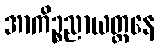
အာကိဉ္စညာယတ္တနေ